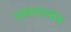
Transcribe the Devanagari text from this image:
एस्मराल्डस